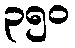
၃၅၀